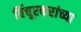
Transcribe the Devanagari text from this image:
विंचूरकरांच्या